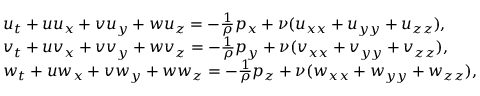
\begin{array} { r l } & { u _ { t } + u u _ { x } + v u _ { y } + w u _ { z } = - \frac { 1 } { \rho } p _ { x } + \nu ( u _ { x x } + u _ { y y } + u _ { z z } ) , } \\ & { v _ { t } + u v _ { x } + v v _ { y } + w v _ { z } = - \frac { 1 } { \rho } p _ { y } + \nu ( v _ { x x } + v _ { y y } + v _ { z z } ) , } \\ & { w _ { t } + u w _ { x } + v w _ { y } + w w _ { z } = - \frac { 1 } { \rho } p _ { z } + \nu ( w _ { x x } + w _ { y y } + w _ { z z } ) , } \end{array}